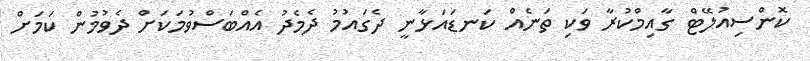
ކޮންސިއުލޭޓް ގާއިމްކުރާ ވަކި ތަނެއް ކަނޑައަޅާނީ ދެގައުމު ދެމެދު އެއްބަސްވުމަކަށް ދެވުމުން ކަމަށް